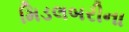
મિડલબરીના